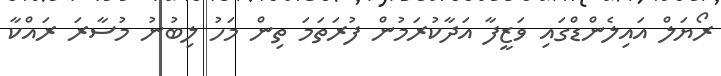
ރޯޔަލް އައިލެންޑްގައި ވަޒީފާ އަދާކުރަމުން ފުރަތަމަ ތިން މަހު ލިބުނު މުސާރަ ރައްކާ